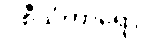
ဝစီသံဟာရော